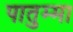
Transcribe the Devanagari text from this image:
पातुम्मा